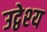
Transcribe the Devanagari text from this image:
उद्वेश्‍य